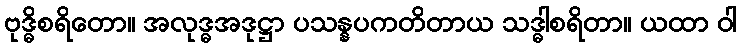
ဗုဒ္ဓိစရိတော။ အလုဒ္ဓအဒုဋ္ဌာ ပသန္နပကတိတာယ သဒ္ဓါစရိတာ။ ယထာ ဝါ